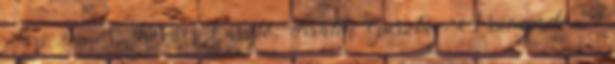
Fári János, Kovács László, Králik Gusztáv. A színpadon 4